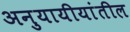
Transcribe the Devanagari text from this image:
अनुयायीयांतील